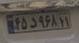
۴۵د۹۶۸۱۱